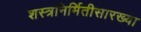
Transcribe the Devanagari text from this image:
शस्त्रनिर्मितीसारख्या